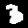
Label: 3